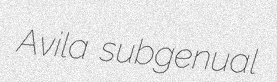
Avila subgenual